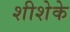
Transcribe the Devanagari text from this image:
शीशेके